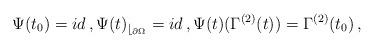
LaTeX: \begin{align*}\Psi(t_0)=id\,,\Psi(t)_{\lfloor_{\partial \Omega}}= id\,,\Psi(t)(\Gamma^{(2)}(t)) = \Gamma^{(2)}(t_0)\,,\end{align*}